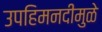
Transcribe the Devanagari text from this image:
उपहिमनदीमुळे